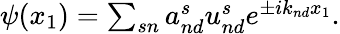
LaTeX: \begin{array}{r}{\psi(x_{1})=\sum_{sn}a_{nd}^{s}u_{nd}^{s}e^{\pm ik_{nd}x_{1}}.}\end{array}